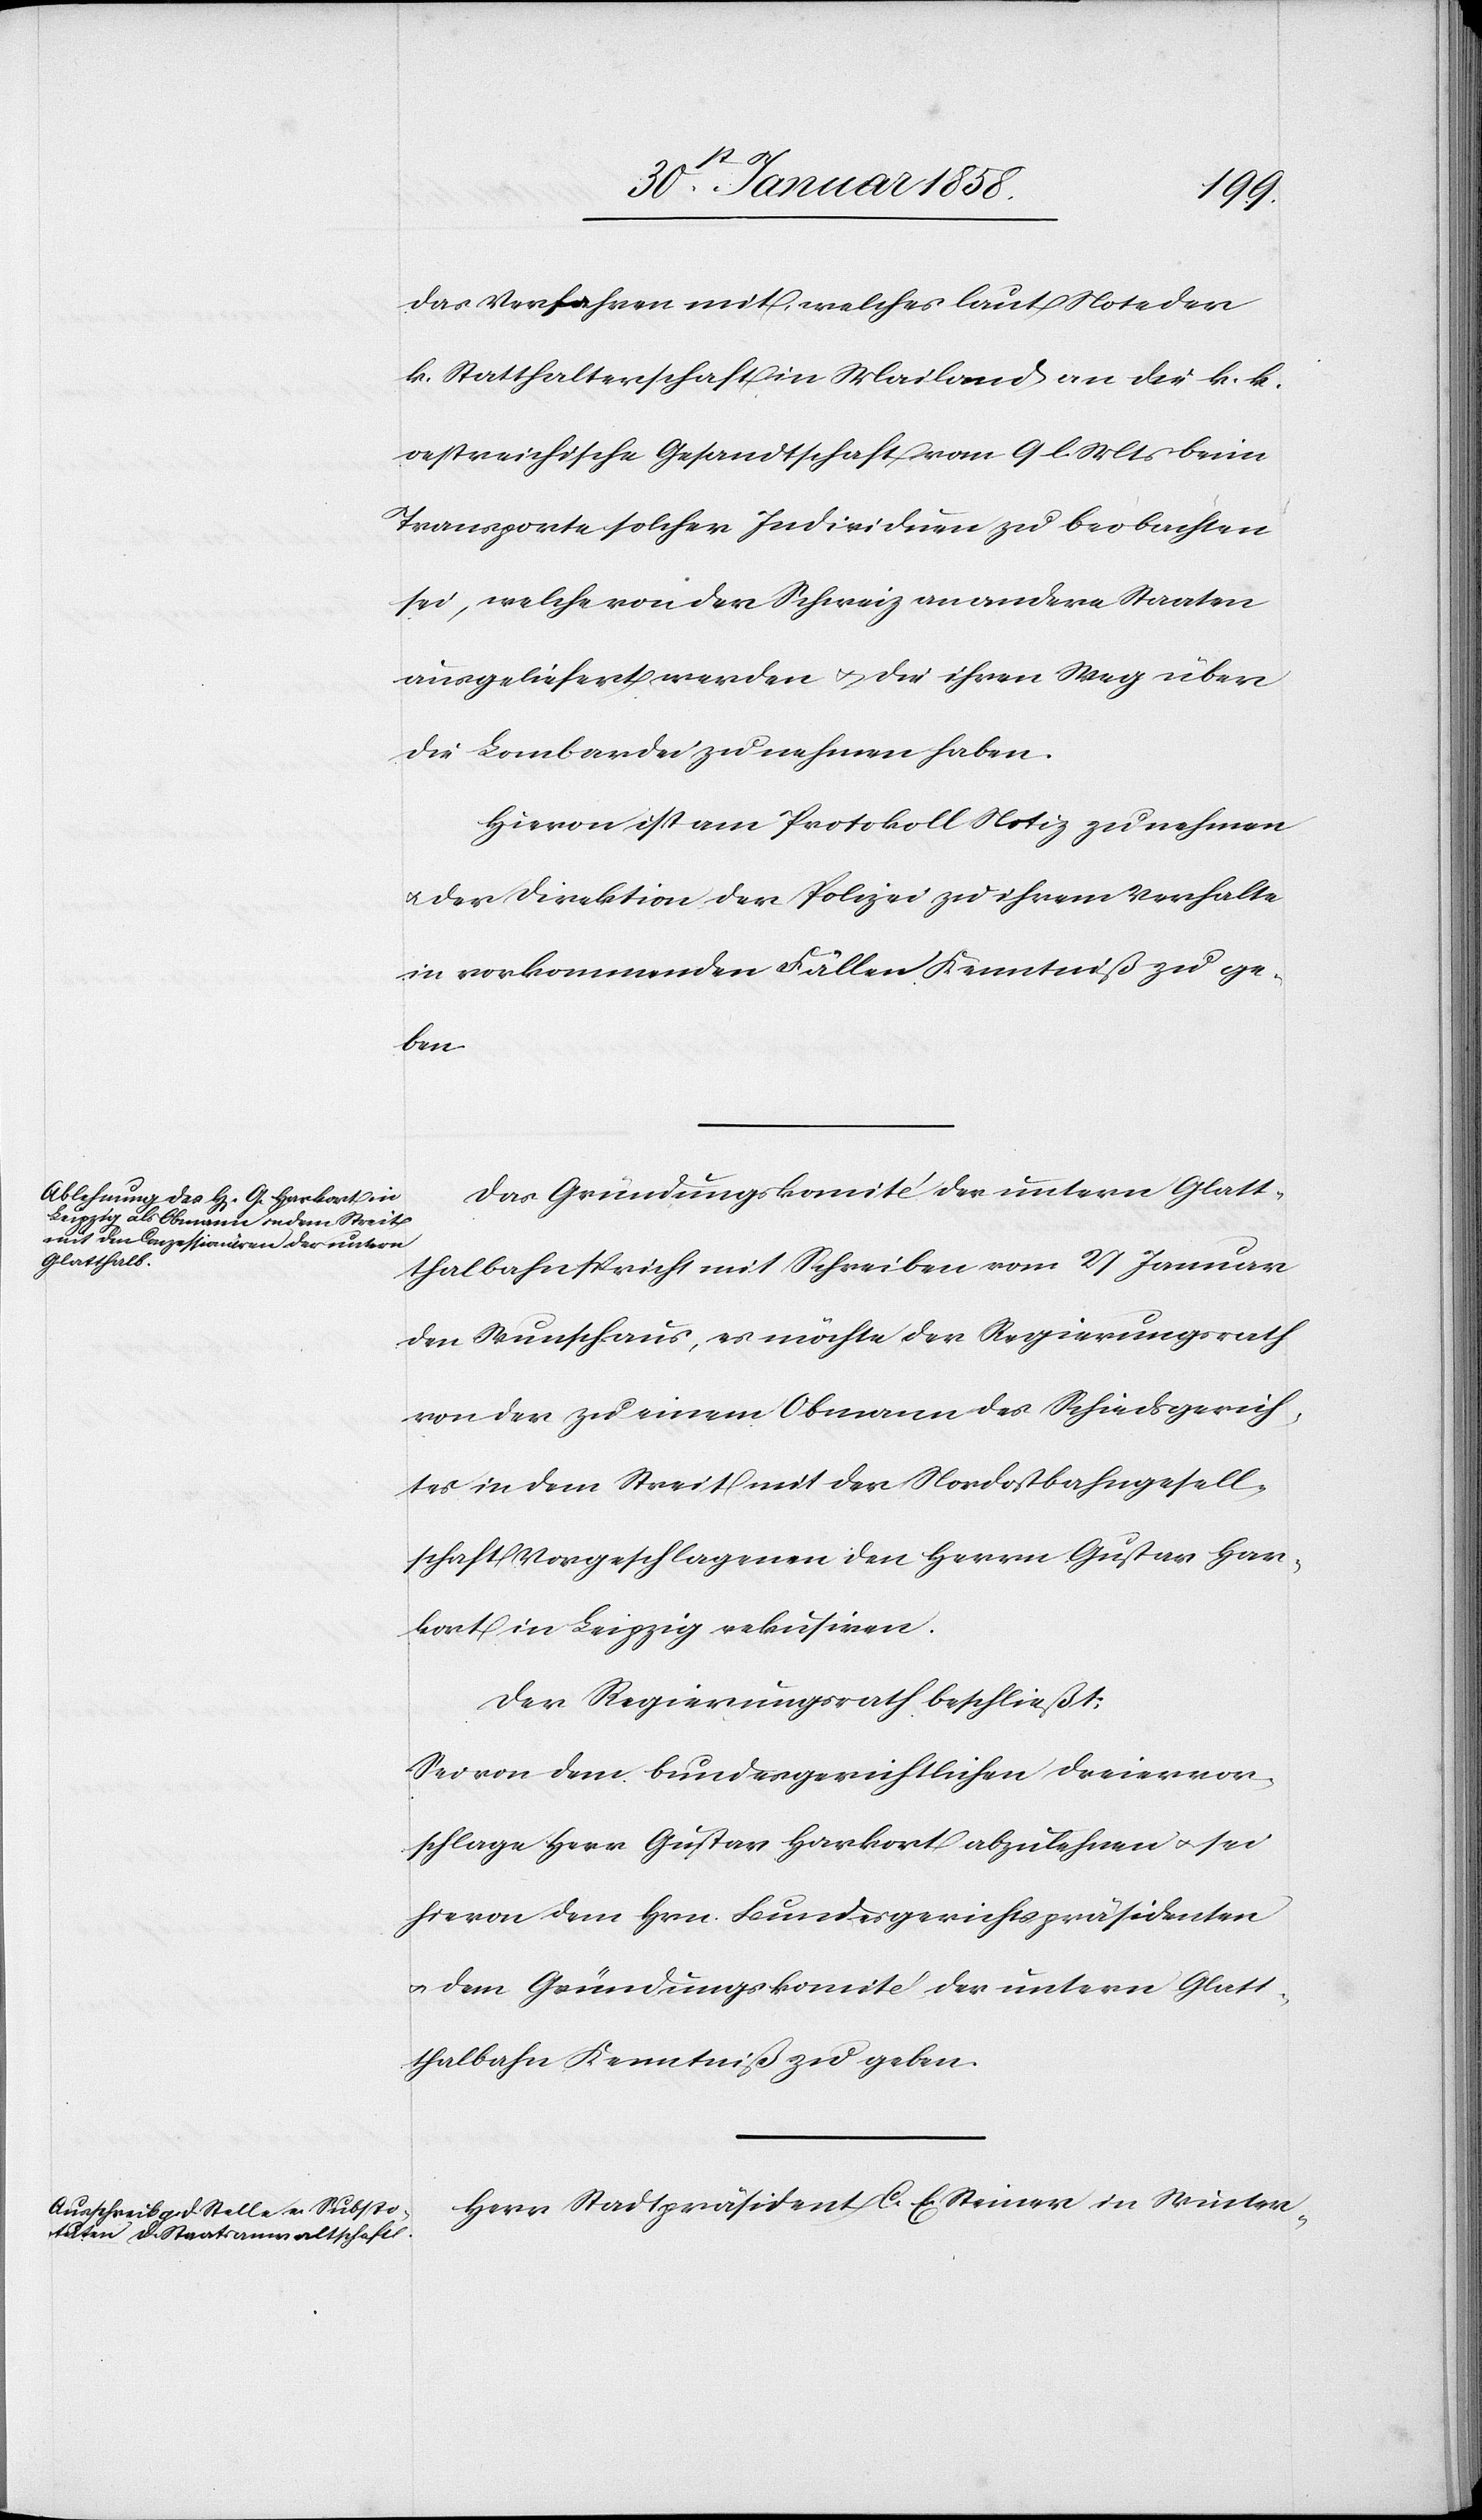
das Verfahren mit, welches laut Note der
k. Statthalterschaft in Mailand an die k. k.
oestreichische Gesandtschaft vom 9 l. Mts beim
Transporte solcher Individuen zu beobachten
sei, welche von der Schweiz an andere Staaten
ausgeliefert werden u. die ihren Weg über
die Lombardei zu nehmen haben.
Hievon ist am Protokoll Notiz zu nehmen
u. der Direktion der Polizei zu ihrem Verhalte
in vorkommenden Fällen Kenntniß zu ge¬
ben.
Das Gründungskomité der untern Glatt¬
thalbahn spricht mit Schreiben vom 27 Januar
den Wunsch aus, es möchte der Regierungsrath
von der zu einem Obmann des Schiedsgerich¬
tes in dem Streit mit der Nordostbahngesell¬
schaft Vorgeschlagenen den Herren Gustav Har¬
kort in Leipzig rekusiren.
Der Regierungsrath beschließt:
Sei von dem bundesgerichtlichen Dreiervor¬
schlage Herr Gustav Harkort abzulehnen u. sei
hievon dem Hrn. Bundesgerichtspräsidenten
u. dem Gründungskomité der untern Glatt¬
thalbahn Kenntniß zu geben.
Herr Stadtpräsident C. E. Steiner in Winter-